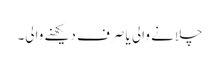
چلانے والی یا صرف دیکھنے والی۔